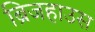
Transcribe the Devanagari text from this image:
ब्रिजहाउस